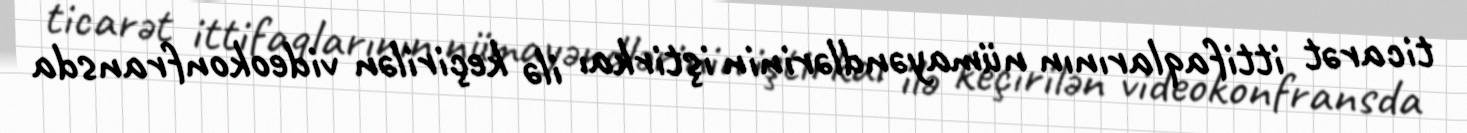
ticarət ittifaqlarının nümayəndlərinin iştirkaı ilə keçirilən videokonfransda